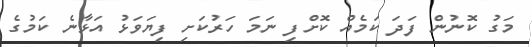
މަގު ކޮނުން ފަދަ ކަމެއް ކޮށްފި ނަމަ ހަރުކަށި ފިޔަވަޅު އަޅާނެ ކަމުގެ